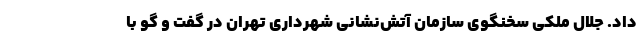
داد. جلال ملکی سخنگوی سازمان آتش‌نشانی شهرداری تهران در گفت و گو با